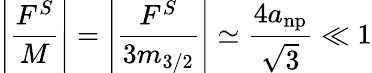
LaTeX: \left|\frac{F^{S}}{M}\right|=\left|\frac{F^{S}}{3m_{3/2}}\right|\simeq\frac{4a_{\mathrm{np}}}{\sqrt{3}}\ll 1